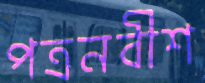
পত্রনবীশ